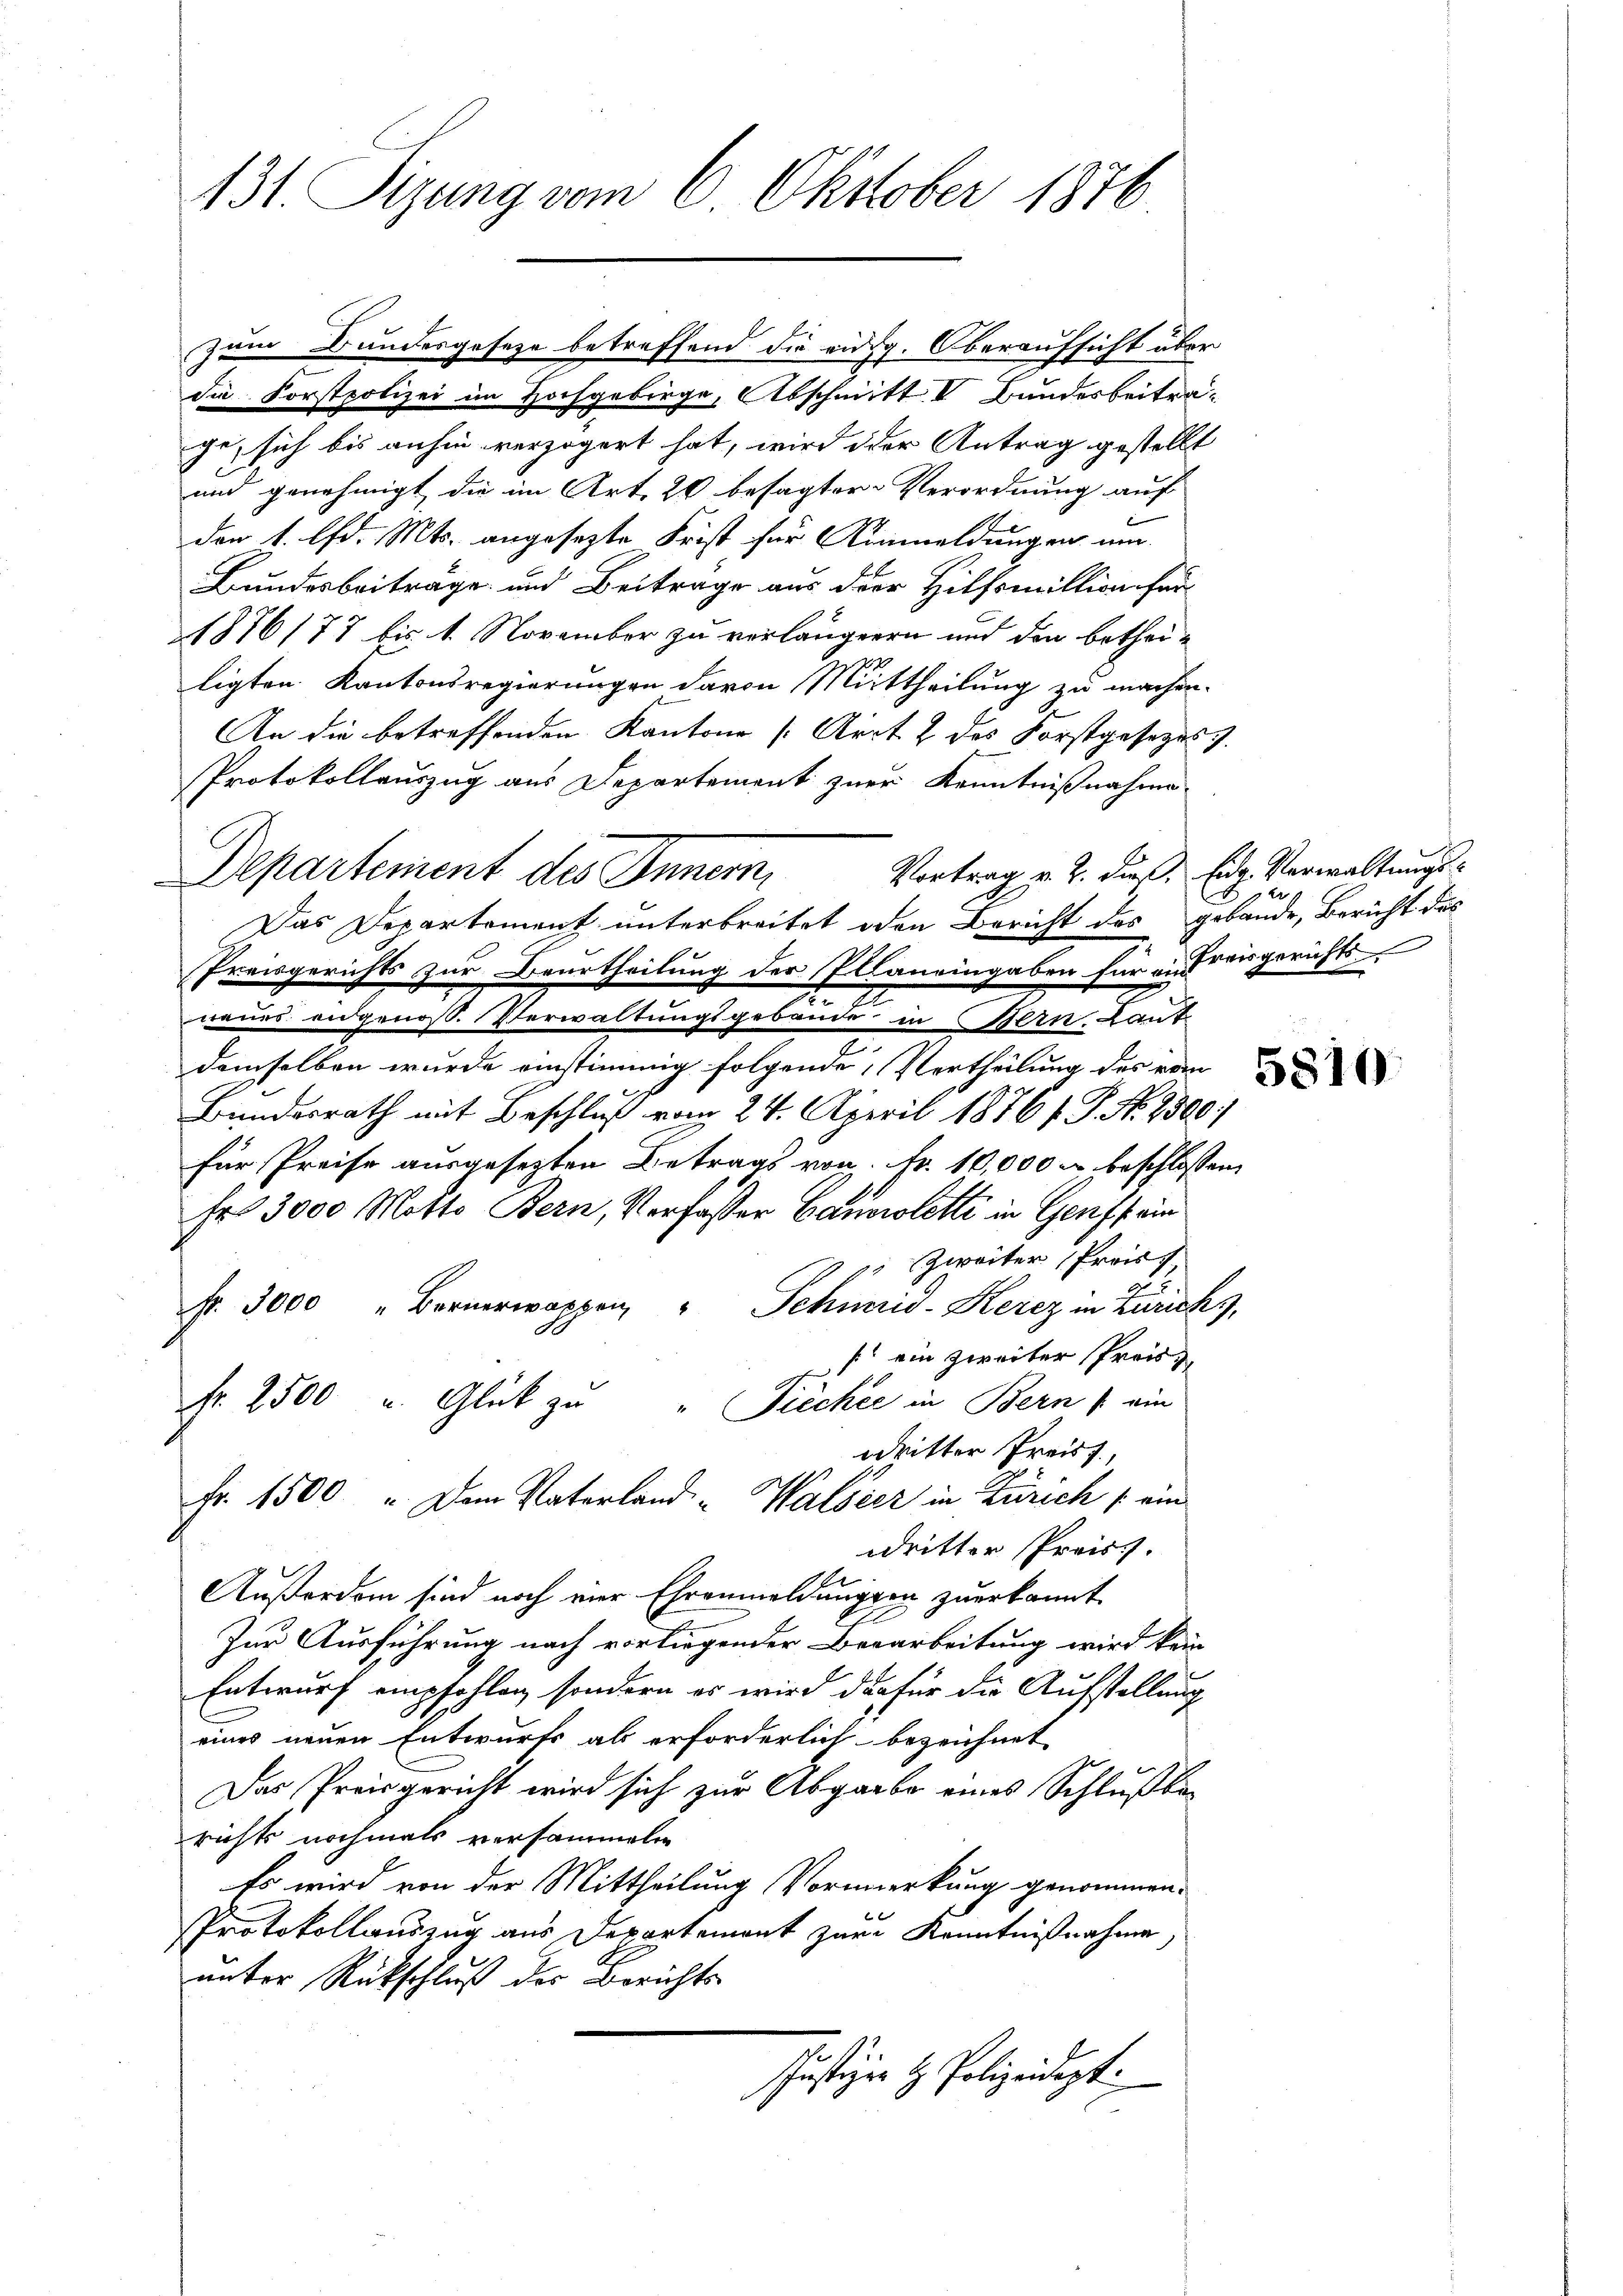
131. Sizung vom 6. Oktober 1876

zum Bundesgesetze betreffend die eidg. Oberaufsicht über
die Forstpolizei im Hochgebirge, Abschnitt V Bundesbeitrage, sich bis anhin verzögert hat, wird der Antrag gestellt
und genehmigt, die im Art. 20 besagter Verordnung auf
den 1. lfd. Mts. angesezte Frist für Anmeldungen um
Bundesbeitrage und Beitrage aus der Hilfsmittion für
1876/77 bis 1. November zu vorlängeren und den betheiligten Kantonsregierungen davon Mittheilung zu machen.
An die betreffenden Kantone [Arrt & des Forstgesezes z.
Protokollauszug aus Departement zur Kenntnißnahme
Vortrag v. 2. dieß, Eidg. Verwaltungs¬
Departement des Innern,
Das Departement unterbreitet oden Bericht des gebäude, Bericht des
Preisgerichts zur Beurtheilung der Planeingaben für ausreisgerichts
neuer eidgenoss. Verwaltungsgebäude in Bern, Lant
e
demselben wurde einstimmig folgende Vertheilung des vom
Bundesrath mit Beschluß vom 24. April 1876 f. P. Nr. 2500
für Preise ausgesetzten Betrags von Fr. 10,000 u. beschlossen,
Fr. 3000 Motto Bern, Verfasser Canowlette in Genf sein
. Zweiter Preis
r 3000 " Bernerwappen " Schmid-Kerez in Zürichs,
 ein zweiter Preis
fr. 2500 u. Glück zu " Fiecher in Bern / ein
ddritter Preist.
Fr. 1500 " Dem Vaterland - Walbier in Zürich / ein
wdritter Preiss.
Außerdem sind noch vier Ehrenmeldungen zuerkannt
Zur Ausführung nach vorliegender Beearbeitung wird kein
Entwurf empfohlen, sondern er wird das für die Aufstellung
eines neuen Entwurfs als erforderlich bezeichnet
Das Preisgericht wird sich zur Abgabe eines Schlußbe-
richts nochmals versammeln
Es wird von der Mittheilung Vormerkung genommen.
Protokollauszug aus Departement zur Kenntnißnahme,
unter Rückschluß des Berichts-
schustiger H. Polizeidept.

Der

5810